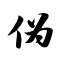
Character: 伪